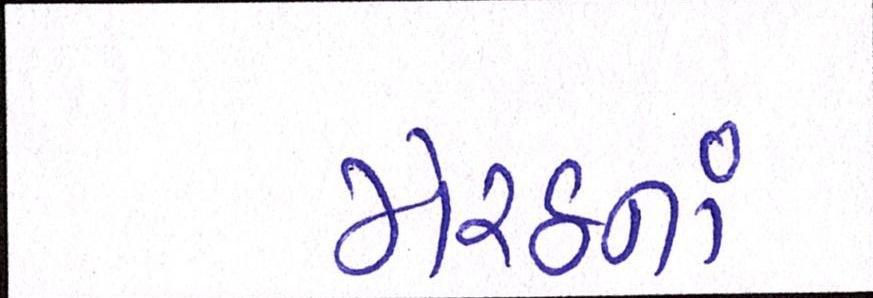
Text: મેરઠનાં